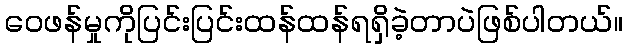
ဝေဖန်မှုကိုပြင်းပြင်းထန်ထန်ရရှိခဲ့တာပဲဖြစ်ပါတယ်။